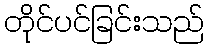
တိုင်ပင်ခြင်းသည်